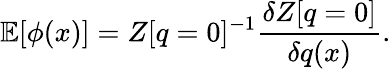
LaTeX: \mathbb{E}[\phi(x)]=Z[q=0]^{-1}\frac{\delta Z[q=0]}{\delta q(x)}.